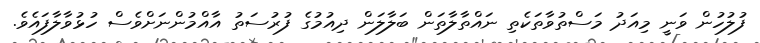
ފުލުހުން ވަނީ މިއަދު މަސްތުވާތަކެތި ނައްތާލާތަން ބަލާލަން ދިއުމުގެ ފުރުސަތު އާއްމުންނަށްވެސް ހުޅުވާލާފައެވެ.